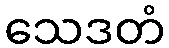
သေဒတံ